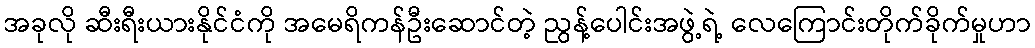
အခုလို ဆီးရီးယားနိုင်ငံကို အမေရိကန်ဦးဆောင်တဲ့ ညွန့်ပေါင်းအဖွဲ့ရဲ့ လေကြောင်းတိုက်ခိုက်မှုဟာ